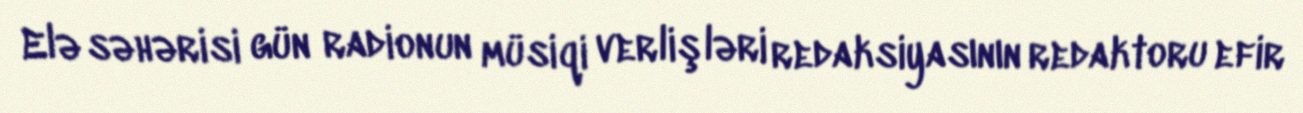
Elə səhərisi gün radionun müsiqi verlişləri redaksiyasının redaktoru efir